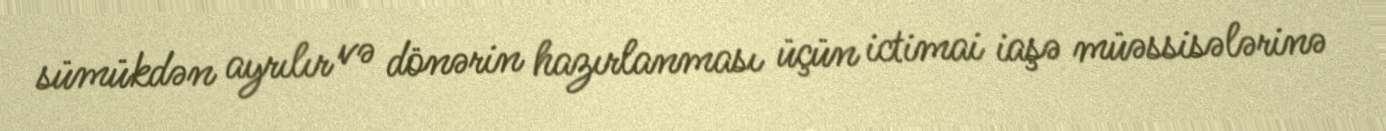
sümükdən ayrılır və dönərin hazırlanması üçün ictimai iaşə müəssisələrinə